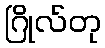
ဂြိုလ်တု